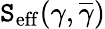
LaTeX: \mathtt{S}_{\mathrm{{{eff}}}}(\gamma,\overline{{{\gamma}}})